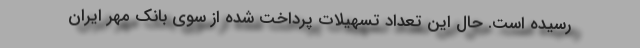
رسیده است. حال این تعداد تسهیلات پرداخت شده از سوی بانک مهر ایران